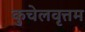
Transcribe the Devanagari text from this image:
कुचेलवृत्तम